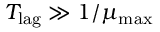
T _ { \mathrm { l a g } } \gg 1 / \mu _ { \operatorname* { m a x } }